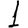
Digit: 1